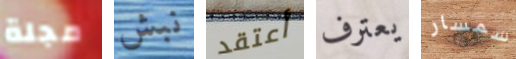
مجلة نبش أعتقد يعترف سمسار